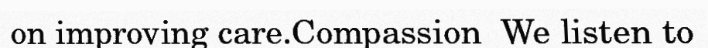
on improving care.Compassion  We listen to